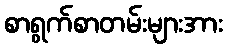
စာရွက်စာတမ်းများအား